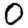
Digit: 0